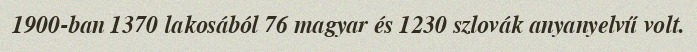
1900-ban 1370 lakosából 76 magyar és 1230 szlovák anyanyelvű volt.